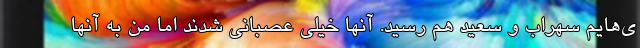
ی‌هایم سهراب و سعید هم رسید. آنها خیلی عصبانی شدند اما من به آنها